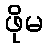
ဖိုမ